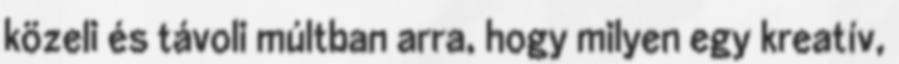
közeli és távoli múltban arra, hogy milyen egy kreatív,